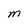
Character: M